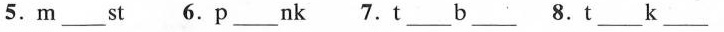
5.m___st 6.p___nk 7.t___b___